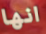
انها